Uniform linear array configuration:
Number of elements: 12
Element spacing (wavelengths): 0.75
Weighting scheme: binomial
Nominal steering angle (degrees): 30
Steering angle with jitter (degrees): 31.281
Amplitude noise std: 0.05
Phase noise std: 0.05

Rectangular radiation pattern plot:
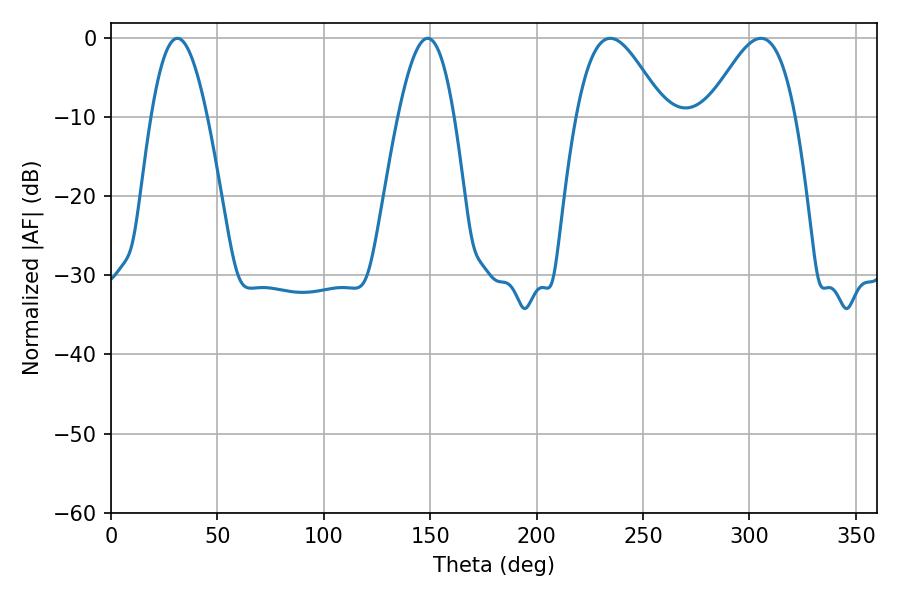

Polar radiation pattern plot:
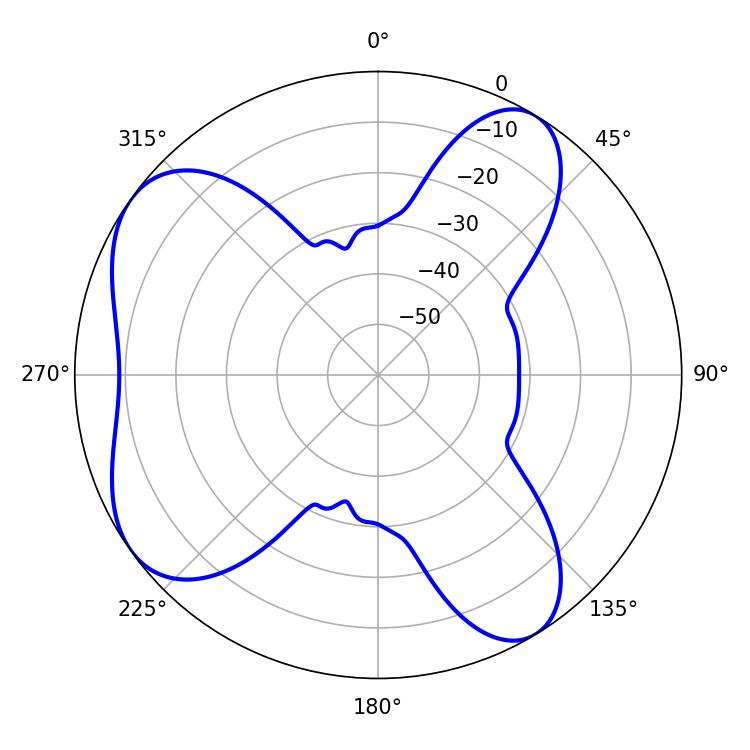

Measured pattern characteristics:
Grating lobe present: TRUE
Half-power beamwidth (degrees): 22.14
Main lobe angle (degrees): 234.54